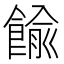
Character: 𩜶